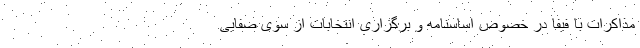
مذاکرات با فیفا در خصوص اساسنامه و برگزاری انتخابات از سوی صفایی